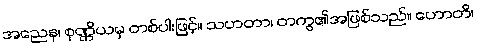
အညေန၊ စုဏ္ဏိယမှ တစ်ပါးဖြင့်။ သဟတာ၊ တကွ၏အဖြစ်သည်။ ဟောတိ၊